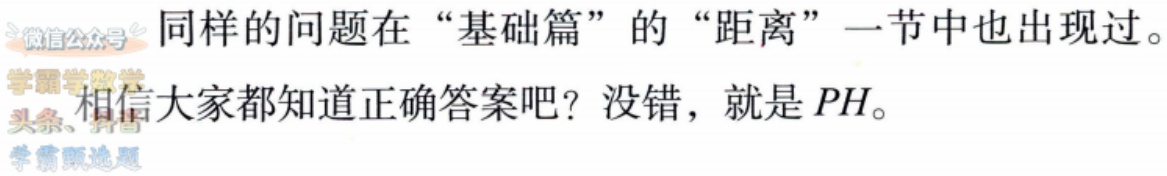
同样的问题在“基础篇”的“距离”一节中也出现过。

相信大家都知道正确答案吧？没错，就是 \(PH\)。